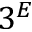
3 ^ { E }